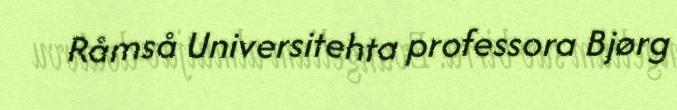
Råmså Universitehta professora Bjørg